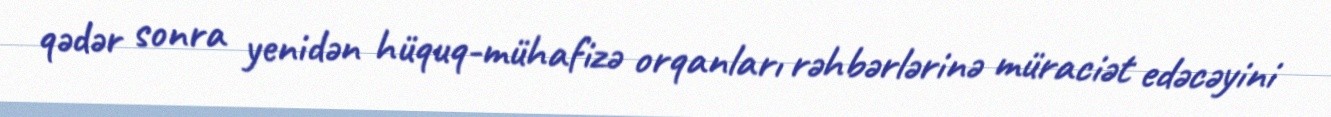
qədər sonra yenidən hüquq-mühafizə orqanları rəhbərlərinə müraciət edəcəyini